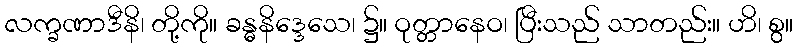
လက္ခဏာဒီနိ၊ တို့ကို။ ခန္ဓနိဒ္ဒေသေ၊ ၌။ ဝုတ္တာနေဝ၊ ပြီးသည် သာတည်း။ ဟိ၊ စွ။